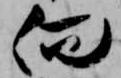
向